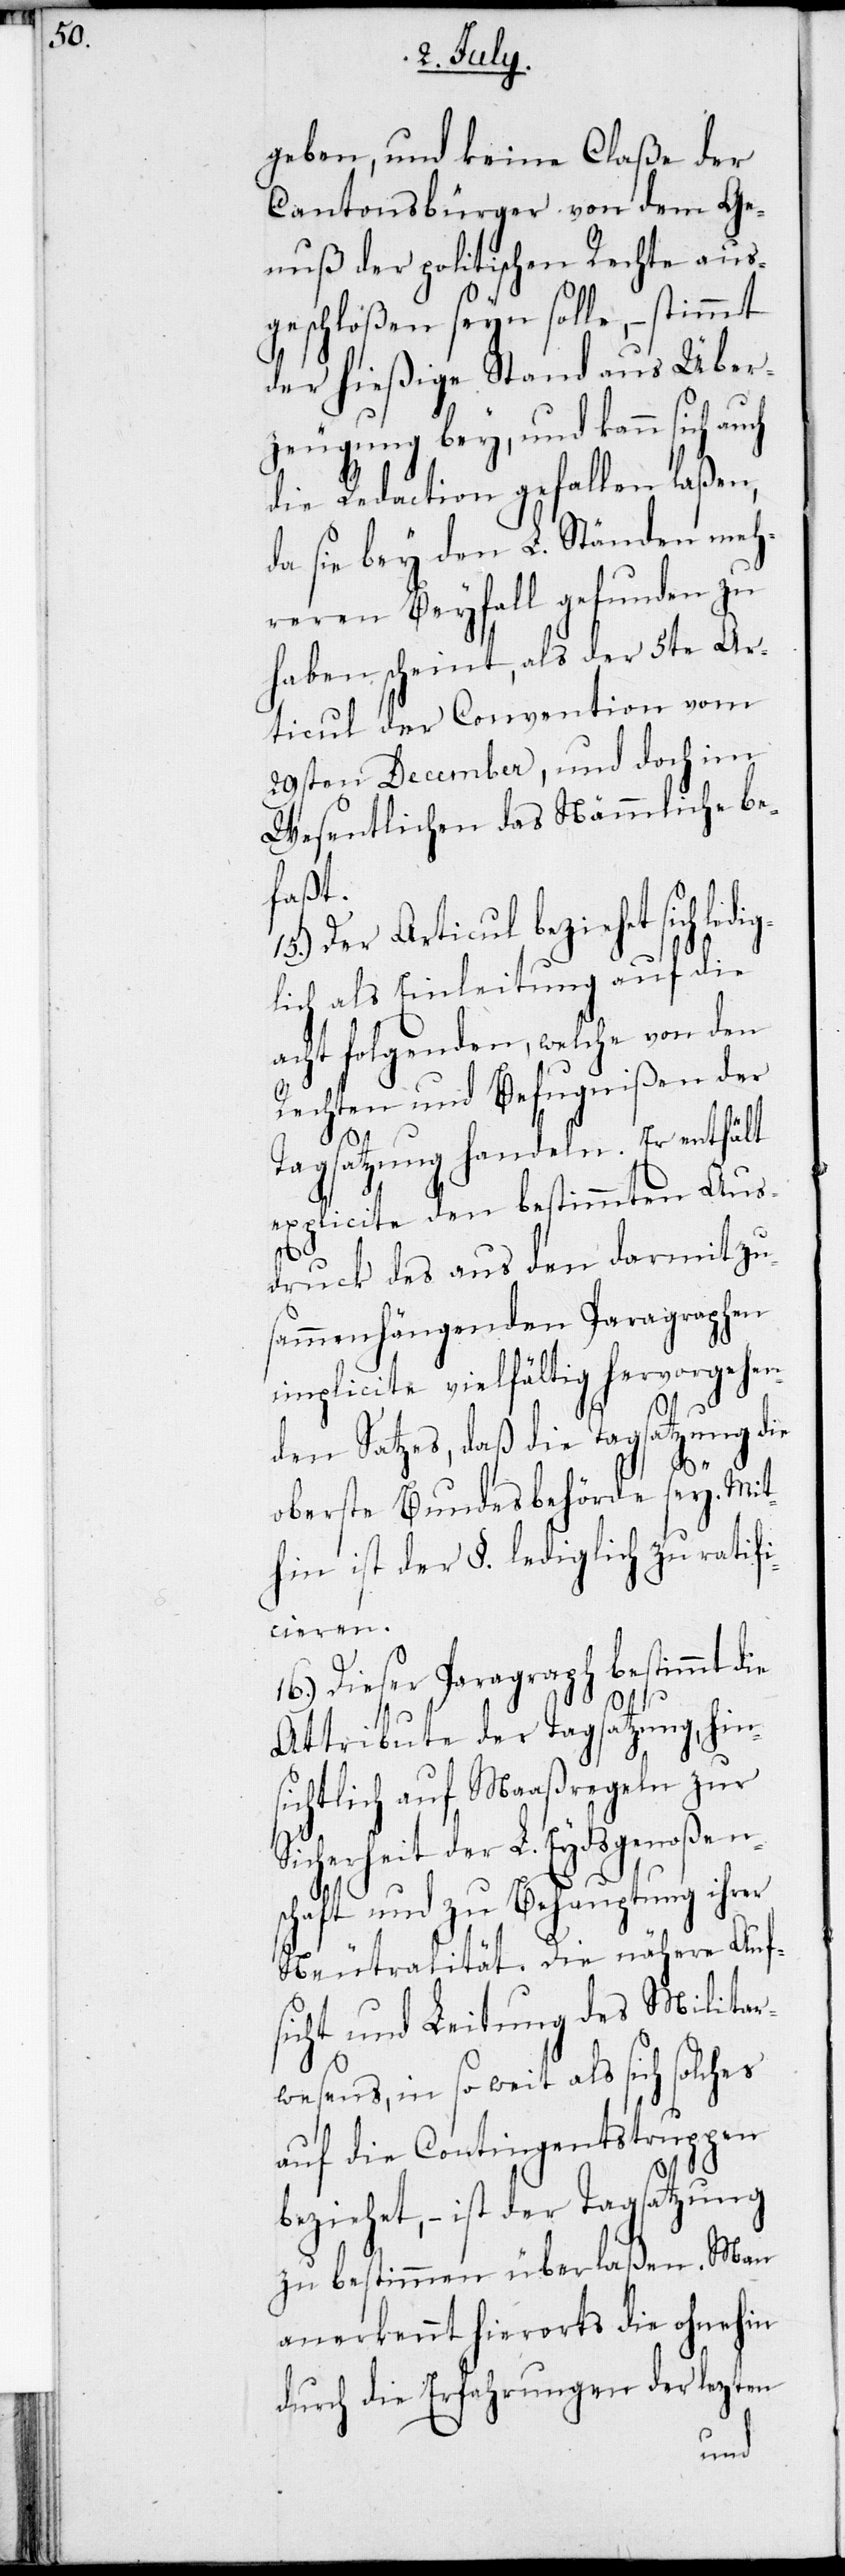
geben, und keine Claße der
Cantonsbürger von dem Ge¬
nuß der politischen Rechte aus¬
geschloßen seyn solle, – stimmt
der hießige Stand aus Über¬
zeugung bey, und kann sich au¬
die Redaction gefallen laßen,
da sie bey den L. Ständen meh¬
reren Beyfall gefunden zu
haben scheint, als der 5te Ar¬
ticul der Convention vom
29sten Dezember, und doch im
Wesentlichen das nämmliche be¬
faßt.
15.) Der Articul beziehet sich ledig¬
lich als Einleitung auf die
acht folgenden, welche von den
Rechten und Befugnißen der
Tagsatzung handeln. Er enthält
explicite den bestimmten Aus¬
druck des aus den darmit zu¬
sammenhängenden Paragraphen
implicite vielfältig hervorgehen¬
den Satzes, daß die Tagsatzung die
oberste Bundesbehörde sey. Mit¬
hin ist der §. lediglich zu ratifi¬
cieren.
16.) Dieser Paragraph bestimmt die
Attribute der Tagsatzung, hin¬
sichtlich auf Maaßregeln zur
Sicherheit der L. Eydsgenoßen¬
schaft und zu Behauptung ihrer
Neutralität. Die nähere Auf¬
sicht und Leitung des Militar¬
wesens, in soweit als sich solches
auf die Contingentstruppen
beziehet, – ist der Tagsatzung
zu bestimmen überlaßen. Man
anerkennt hierorts die ohnehin
durch die Erfahrungen der lezten
ch